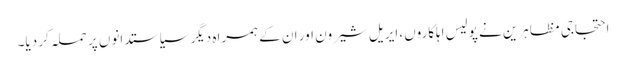
احتجاجی مظاہرین نے پولیس اہلکاروں، ایریل شیرون اور ان کے ہمراہ دیگر سیاستدانوں پر حملہ کر دیا۔